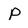
Character: p